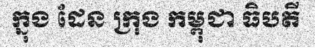
ក្នុង ដែន ក្រុង កម្ពុជា ធិបតី